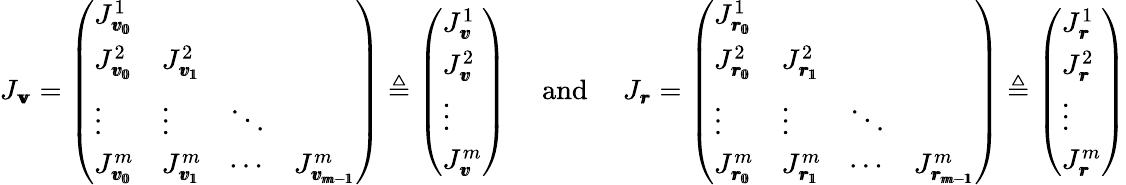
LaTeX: J_{\pmb{\mathbf{v}}}=\left(\begin{array}{llll}{J_{\pmb{v_{0}}}^{1}}&&&\\ {J_{\pmb{v_{0}}}^{2}}&{J_{\pmb{v_{1}}}^{2}}&&\\ {\vdots}&{\vdots}&{\ddots}&\\ {J_{\pmb{v_{0}}}^{m}}&{J_{\pmb{v_{1}}}^{m}}&{\cdots}&{J_{\pmb{v_{m-1}}}^{m}}\end{array}\right)\triangleq\left(\begin{array}{l}{J_{\pmb{v}}^{1}}\\ {J_{\pmb{v}}^{2}}\\ {\vdots}\\ {J_{\pmb{v}}^{m}}\end{array}\right)\mathrm{{\quad~and~\quad}}J_{\pmb{r}}=\left(\begin{array}{llll}{J_{\pmb{r_{0}}}^{1}}&&&\\ {J_{\pmb{r_{0}}}^{2}}&{J_{\pmb{r_{1}}}^{2}}&&\\ {\vdots}&{\vdots}&{\ddots}&\\ {J_{\pmb{r_{0}}}^{m}}&{J_{\pmb{r_{1}}}^{m}}&{\cdots}&{J_{\pmb{r_{m-1}}}^{m}}\end{array}\right)\triangleq\left(\begin{array}{l}{J_{\pmb{r}}^{1}}\\ {J_{\pmb{r}}^{2}}\\ {\vdots}\\ {J_{\pmb{r}}^{m}}\end{array}\right)